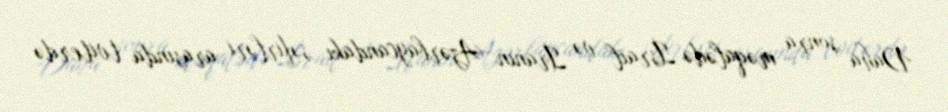
Daha sonra məqalədə İsrail və İranın Azərbaycandakı səfirləri arasında tviterdə